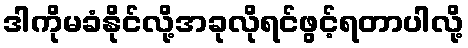
ဒါကိုမခံနိုင်လို့အခုလိုရင်ဖွင့်ရတာပါလို့